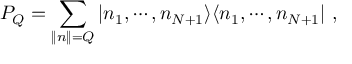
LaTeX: P _ { Q } = \sum _ { \| n \| = Q } \vert n _ { 1 } , \cdots , n _ { N + 1 } \rangle \langle n _ { 1 } , \cdots , n _ { N + 1 } \vert \ ,